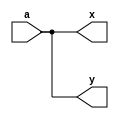
module test(input a, output x, y);
assign x = a, y = a;
endmodule